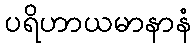
ပရိဟာယမာနာနံ